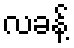
လခန့်